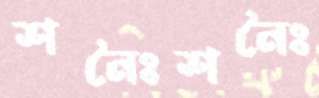
শনৈঃশনৈঃ